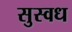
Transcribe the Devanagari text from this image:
सुस्वध